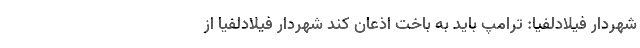
شهردار فیلادلفیا: ترامپ باید به باخت اذعان کند شهردار فیلادلفیا از